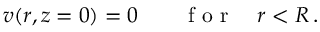
\boldsymbol { v } ( r , z = 0 ) = \boldsymbol { 0 } \qquad \mathrm { ~ f ~ o ~ r ~ } \quad r < R \, .